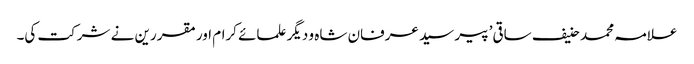
علامہ محمد حنیف ساقی’ پیر سید عرفان شاہ و دیگر علمائے کرام اور مقررین نے شرکت کی۔